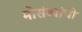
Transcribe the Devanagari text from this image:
मोसंब्यांची